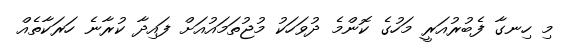
މި ހިނގާ ފެބުރުއަރީ މަހުގެ ކޮންމެ ދުވަހަކު މުޖުތަމައުއަށް ފައިދާ ކުރާނެ ހަރަކާތެއް